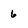
Character: 6